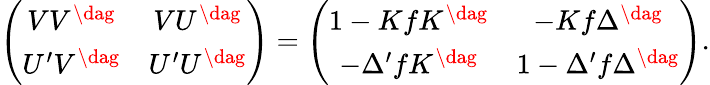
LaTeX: \left(\begin{array}{cc}{{VV^{\dag}}}&{{VU^{\dag}}}\\ {{U^{\prime}V^{\dag}}}&{{U^{\prime}U^{\dag}}}\end{array}\right)=\left(\begin{array}{cc}{{1-KfK^{\dag}}}&{{-Kf\Delta^{\dag}}}\\ {{-\Delta^{\prime}fK^{\dag}}}&{{1-\Delta^{\prime}f\Delta^{\dag}}}\end{array}\right).